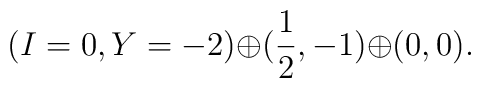
(I=0,Y=-2){\oplus}(\frac{1}{2},-1){\oplus}(0,0).